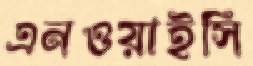
এনওয়াইসি